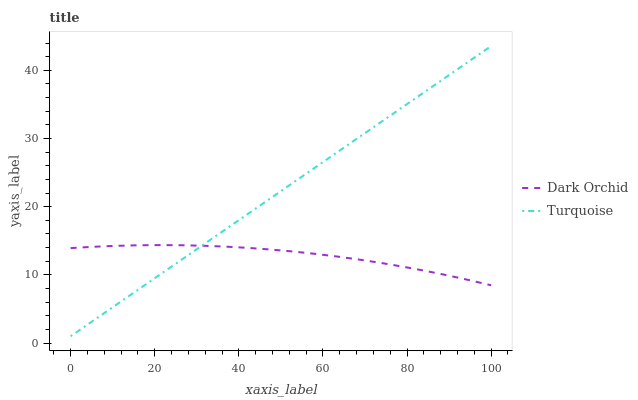
| xaxis_label | Dark Orchid | Turquoise |
 | --- | --- | --- |
 | 0 | 13.9 | 1 |
 | 5.26 | 14.1 | 3.24 |
 | 10.5 | 14.3 | 5.48 |
 | 15.8 | 14.3 | 7.72 |
 | 21.1 | 14.4 | 9.96 |
 | 26.3 | 14.3 | 12.2 |
 | 31.6 | 14.3 | 14.4 |
 | 36.8 | 14.1 | 16.7 |
 | 42.1 | 14 | 18.9 |
 | 47.4 | 13.7 | 21.2 |
 | 52.6 | 13.4 | 23.4 |
 | 57.9 | 13.1 | 25.6 |
 | 63.2 | 12.7 | 27.9 |
 | 68.4 | 12.3 | 30.1 |
 | 73.7 | 11.8 | 32.4 |
 | 78.9 | 11.2 | 34.6 |
 | 84.2 | 10.6 | 36.8 |
 | 89.5 | 9.95 | 39.1 |
 | 94.7 | 9.24 | 41.3 |
 | 100 | 8.47 | 43.6 |